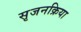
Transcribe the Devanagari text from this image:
सृजनक्रिया